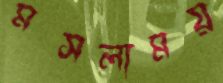
মসলাময়